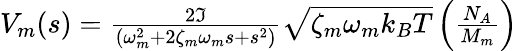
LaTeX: \begin{array}{r}{V_{m}(s)=\frac{2\Im}{(\omega_{m}^{2}+2\zeta_{m}\omega_{m}s+s^{2})}\sqrt{\zeta_{m}\omega_{m}k_{B}T}\left(\frac{N_{A}}{M_{m}}\right)}\end{array}